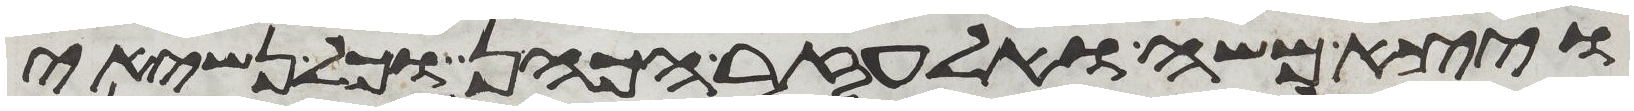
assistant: ויצא משה ואלעזר הכהן וכל נשיאי